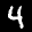
Label: 4